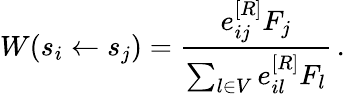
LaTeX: W(s_{i}\gets s_{j})=\frac{e_{ij}^{[R]}F_{j}}{\sum_{l\in V}e_{il}^{[R]}F_{l}}\, .